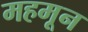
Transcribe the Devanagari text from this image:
महमून